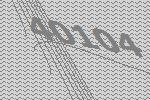
40104